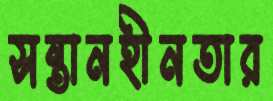
সন্তানহীনতার